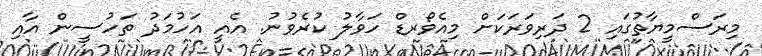
މިރަސްމީޔާތުގައި 2 ދަރިވަރަކަށް މިއެވޯރޑް ހަވާލު ކުރެވުނު. އެއީ އަހުމަދު ތަހުސީން އާއި